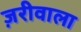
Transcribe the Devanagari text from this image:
ज़रीवाला